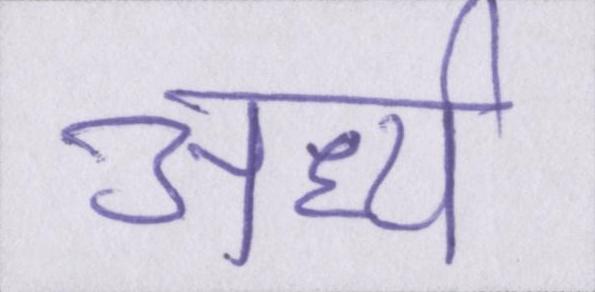
अर्ध्य